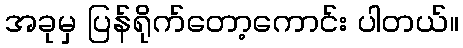
အခုမှ ပြန်ရိုက်တော့ကောင်း ပါတယ်။